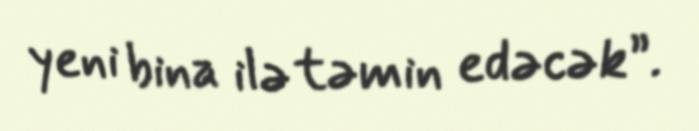
yeni bina ilə təmin edəcək”.